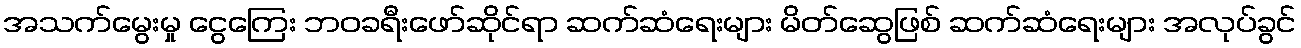
အသက်မွေးမှု ငွေကြေး ဘဝခရီးဖော်ဆိုင်ရာ ဆက်ဆံရေးများ မိတ်ဆွေဖြစ် ဆက်ဆံရေးများ အလုပ်ခွင်